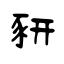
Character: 豜